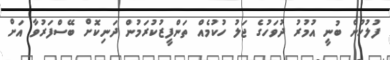
ފުލުހުން ބުނީ އުމުރު ދުވަހުގެ ޖަލު ހުކުމެއް ތަންފީޒުކުރަމުން ދަނިކޮށް ބޭސްފަރުވާ އަށް